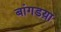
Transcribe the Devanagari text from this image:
बांगडय़ा